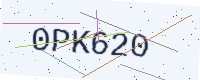
Text: 0PK620